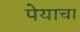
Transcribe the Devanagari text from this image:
पेयाचा